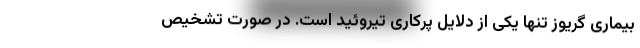
بیماری گریوز تنها یکی از دلایل پرکاری تیروئید است. در صورت تشخیص